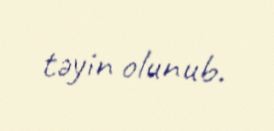
təyin olunub.